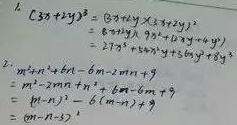
1.
\[
\begin{align*}
(3x + 2y)^{2}&=(3x+2y)(3x + 2y)\\
&=3x\cdot3x+3x\cdot2y+2y\cdot3x + 2y\cdot2y\\
&=9x^{2}+12xy + 4y^{2}
\end{align*}
\]
2.
\[
\begin{align*}
m^{2}+6m + 9-6m-2m^{2}+m^{3}&=m^{3}-2m^{2}+m^{2}+6m-6m + 9\\
&=m^{3}-m^{2}+9
\end{align*}
\]